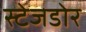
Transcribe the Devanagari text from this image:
स्टेजडोर